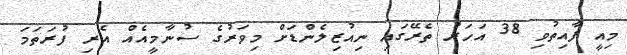
މިއީ ފާއިތުވި 38 އަހަރު ތެރޭގައި ނިއުޒިލެންޑަށް މިވަރުގެ ސުނާމީއެއް އެރި ފުރަތަމަ